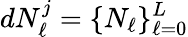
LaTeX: dN_{\ell}^{j}=\{ N_{\ell}\} _{\ell=0}^{L}